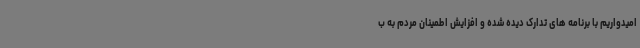
امیدواریم با برنامه های تدارک دیده شده و افزایش اطمینان مردم به ب